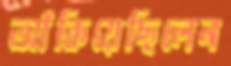
আঁকিয়েছিলেন